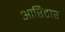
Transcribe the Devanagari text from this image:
आरिटार